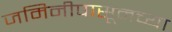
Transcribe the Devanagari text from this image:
जमिनीपासूनच्या